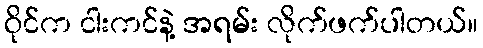
ဝိုင်က ငါးကင်နဲ့ အရမ်း လိုက်ဖက်ပါတယ်။